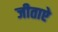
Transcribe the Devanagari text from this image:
जीताऐ